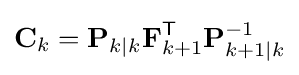
\mathbf {C} _{k}=\mathbf {P} _{k\mid k}\mathbf {F} _{k+1}^{\textsf {T}}\mathbf {P} _{k+1\mid k}^{-1}